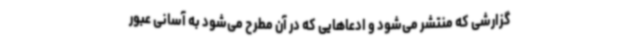
گزارشی که منتشر می‌شود و ادعاهایی که در آن مطرح می‌شود به آسانی عبور